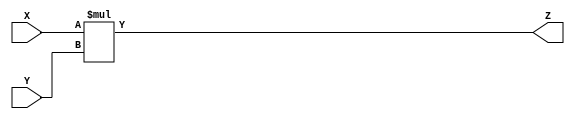
module multipler(input[3:0] X, input[3:0] Y, output[7:0] Z); 
    assign Z = X * Y;
endmodule